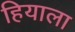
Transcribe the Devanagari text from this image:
हियाला